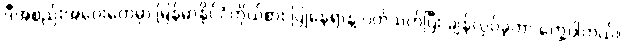
ဒီအစည်းအဝေးတွေမှာ မြန်မာနိုင်ငံကိုယ်စား ပြုနေရာနဲ့ ပတ်သက်ပြီး ချန်လှပ်ခဲ့တာ တွေ့ပါတယ်။